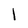
Character: l